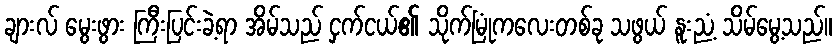
ချားလ် မွေးဖွား ကြီးပြင်းခဲ့ရာ အိမ်သည် ငှက်ငယ်၏ သိုက်မြုံကလေးတစ်ခု သဖွယ် နူးညံ့ သိမ်မွေ့သည်။